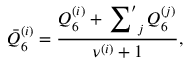
\bar { Q } _ { 6 } ^ { ( i ) } = \frac { Q _ { 6 } ^ { ( i ) } + \sideset { } { ^ \prime } \sum _ { j } Q _ { 6 } ^ { ( j ) } } { \nu ^ { ( i ) } + 1 } ,